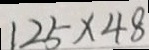
1 2 5 \times 4 8